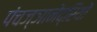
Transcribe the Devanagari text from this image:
पंचज्ञानेंद्रियों